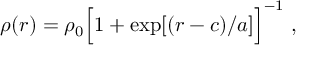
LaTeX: \rho ( r ) = \rho _ { 0 } \Big [ 1 + \exp [ ( r - c ) / a ] \Big ] ^ { - 1 } \ ,